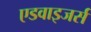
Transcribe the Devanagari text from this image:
एडवाइजर्स